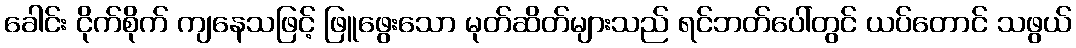
ခေါင်း ငိုက်စိုက် ကျနေသဖြင့် ဖြူဖွေးသော မုတ်ဆိတ်များသည် ရင်ဘတ်ပေါ်တွင် ယပ်တောင် သဖွယ်